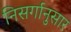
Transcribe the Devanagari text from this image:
निसर्गानुसार